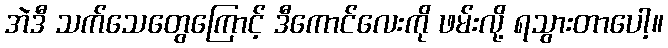
အဲဒီ သက်သေတွေကြောင့် ဒီကောင်လေးကို ဖမ်းလို့ ရသွားတာပေါ့။